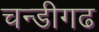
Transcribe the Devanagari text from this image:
चन्डीगढ